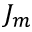
J _ { m }